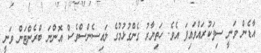
އާޑެން ވަނީ ސިފަކުރައްވައިފަ އެވެ. ހަތިޔާރު ގެންގުޅުމުގެ ލައިސެންސްވެސް އޮންނަ ބްރެންޓަން ވަނީ